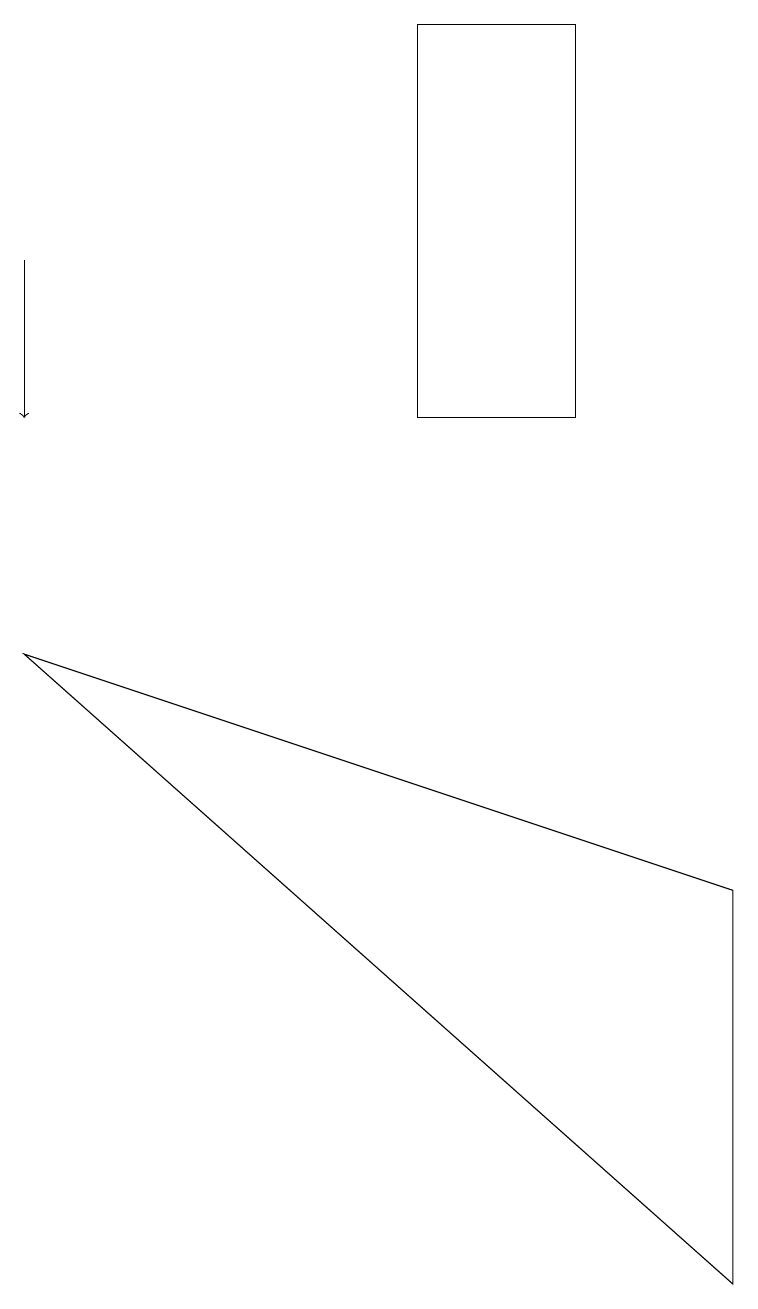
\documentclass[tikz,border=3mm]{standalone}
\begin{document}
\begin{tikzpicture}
\draw (5,11) rectangle (7,16);
\draw (9,0) -- (9,5) -- (0,8) -- cycle;
\draw[->] (0,13) -- (0,11);
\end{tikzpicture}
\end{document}